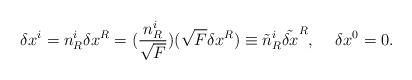
LaTeX: \begin{align*}\delta x^i=n^i_R\delta x^R=(\frac{n^i_R}{\sqrt{F}})(\sqrt{F}\delta x^R)\equiv\tilde{n}^i_R\tilde{\delta x}^R,\hspace*{5mm}\delta x^0=0.\end{align*}